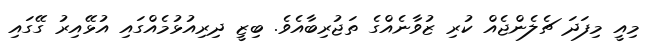
މިއީ މިފަދަ ޗެލެންޖެއް ކުރި ޒުވާނެއްގެ ތަޖުރިބާއެވެ. ބިޒީ ދިރިއުޅުމެއްގައި އުޅޭއިރު ގޭގައި